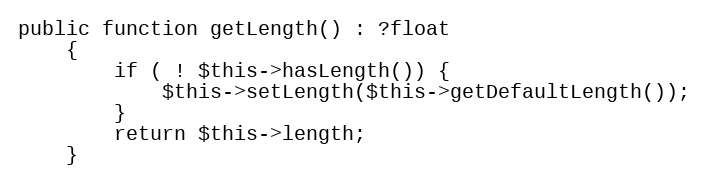
Language: PHP
public function getLength() : ?float
    {
        if ( ! $this->hasLength()) {
            $this->setLength($this->getDefaultLength());
        }
        return $this->length;
    }